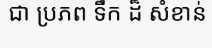
ជា ប្រភព ទឹក ដ៏ សំខាន់